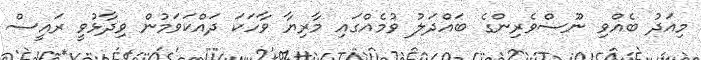
މިއަދު ބެއްވި ނޫސްވެރިންގެ ބައްދަލު ވުމެއްގައި މާރިޔާ ވާހަކަ ދައްކަވަމުން ވިދާޅުވީ ރައީސް